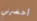
أحضرني